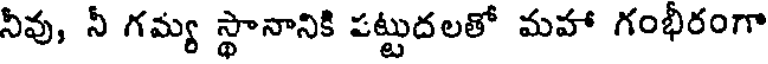
నీవు, నీ గమ్య స్థానానికి పట్టుదలతో మహా గంభీరంగా